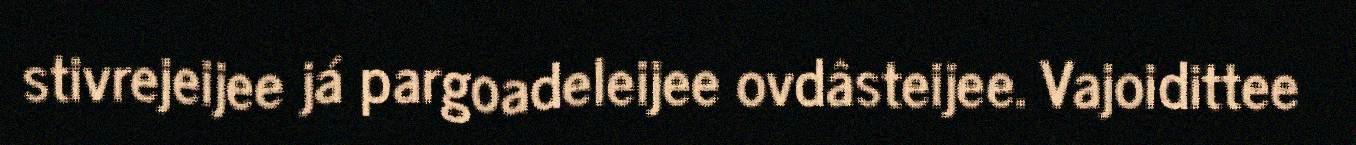
stivrejeijee já pargoadeleijee ovdâsteijee. Vajoidittee